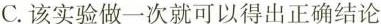
C.该实验做一次就可以得出正确结论